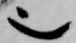
也